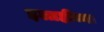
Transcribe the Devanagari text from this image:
इलाहींच्या